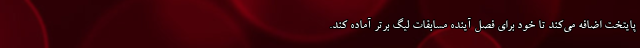
پایتخت اضافه می‌کند تا خود برای فصل آینده مسابقات لیگ برتر آماده کند.